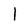
Character: 1